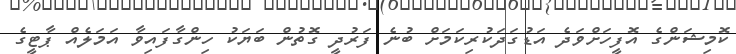
ކޮމިޝަންގެ އޮފީހަށްވަދެ އަޑުގަދަކުރިކަމަށް ބުނެ ފަރުދީ ގޮތުން ބަޔަކު ހިންގާފައިވާ އަމަލެއް ޕާޓީގެ